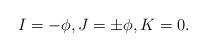
LaTeX: \begin{gather*}I = -\phi, J = \pm \phi, K = 0 .\end{gather*}